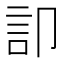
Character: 𮗷